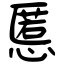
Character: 慝